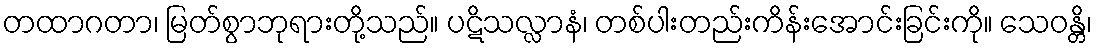
တထာဂတာ၊ မြတ်စွာဘုရားတို့သည်။ ပဋိသလ္လာနံ၊ တစ်ပါးတည်းကိန်းအောင်းခြင်းကို။ သေဝန္တိ၊